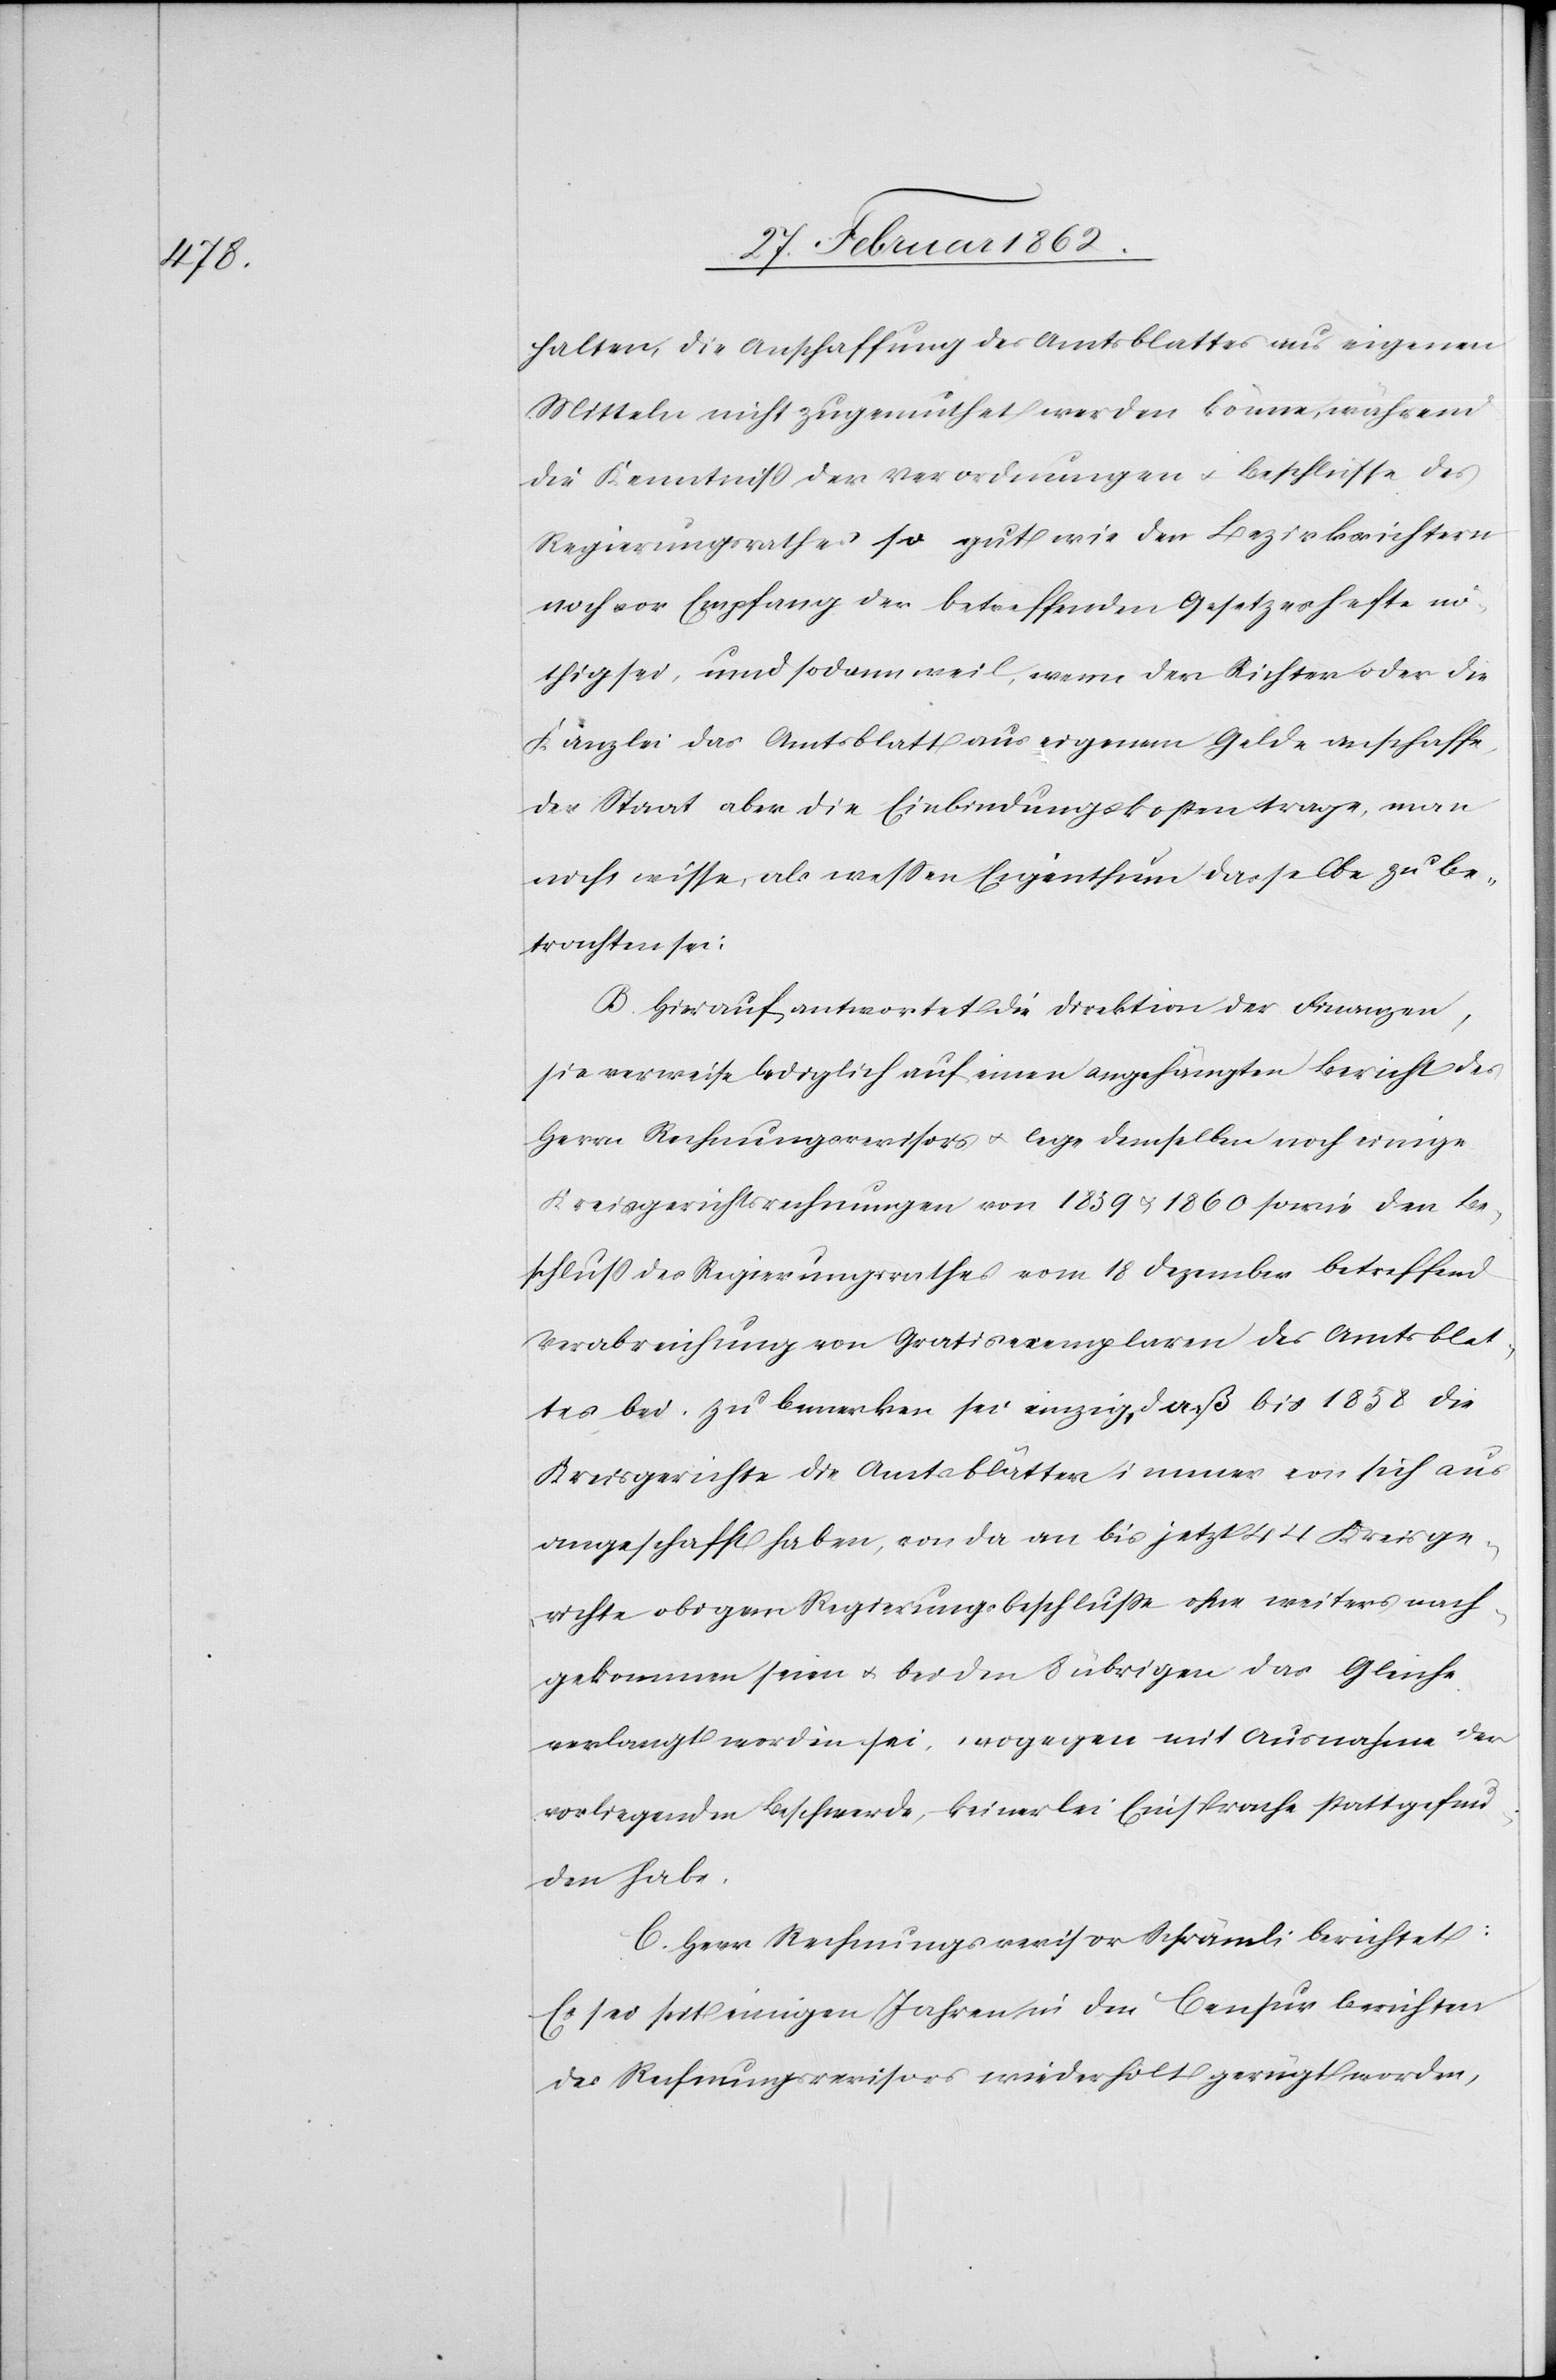
halten, die Anschaffung des Amtsblattes aus eigenen
Mitteln nicht zugemuthet werden könne, während
die Kenntniß der Verordnungen u. Beschlüsse des
Regierungsrathes so gut wie den Bezirksrichtern
noch vor Empfang der betreffenden Gesetzeshefte nö¬
thig sei, und sodann weil, wenn der Richter oder die
Kanzlei das Amtsblatt aus eigenem Gelde anschaffe,
der Staat aber die Einbindungskosten trage, man
nicht wisse, als weßen Eigenthum dasselbe zu be¬
trachten sei.
B. Hierauf antwortet die Direktion der Finanzen,
sie verweise lediglich auf einen angehängten Bericht des
Herrn Rechnungsrevisors u. lege demselben noch einige
Kreisgerichtsrechnungen von 1859 u. 1860 sowie den Be¬
schluß des Regierungsrathes vom 18 Dezember betreffend
Verabreichung von Gratisexemplaren des Amtsblat¬
tes bei. Zu bemerken sei einzig, daß bis 1858 die
Kreisgerichte die Amtsblätter immer von sich aus
angeschafft haben, vo da an bis jetzt 44 Kreisge¬
richte obigem Regierungsbeschluße ohne weiters nach¬
gekommen seien u. bei den 8 übrigen das Gleiche
verlangt worden sei, wogegen mit Ausnahme der
vorliegenden Beschwerde, keinerlei Einsprache stattgefun¬
den habe.
C. Herr Rechnungsrevisor Schrämli berichtet:
Es sei seit einigen Jahren in den Censurberichten
des Rechnungsrevisors wiederholt gerügt worden,